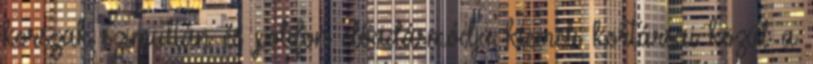
korszak szimultán és polifon előadásmódja kiemeli kortársai közül a